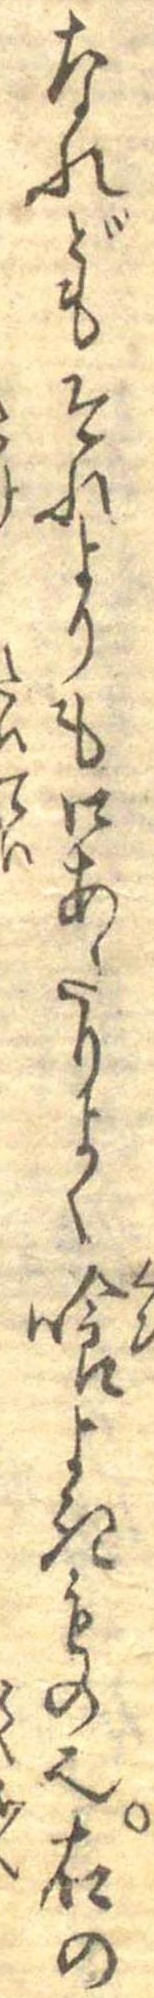
なれどもそれよりも口あたりよく喰よきもの也右の